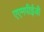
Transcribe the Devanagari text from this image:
एएमपीईजी